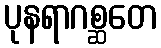
ပုနရာဂစ္ဆတေ